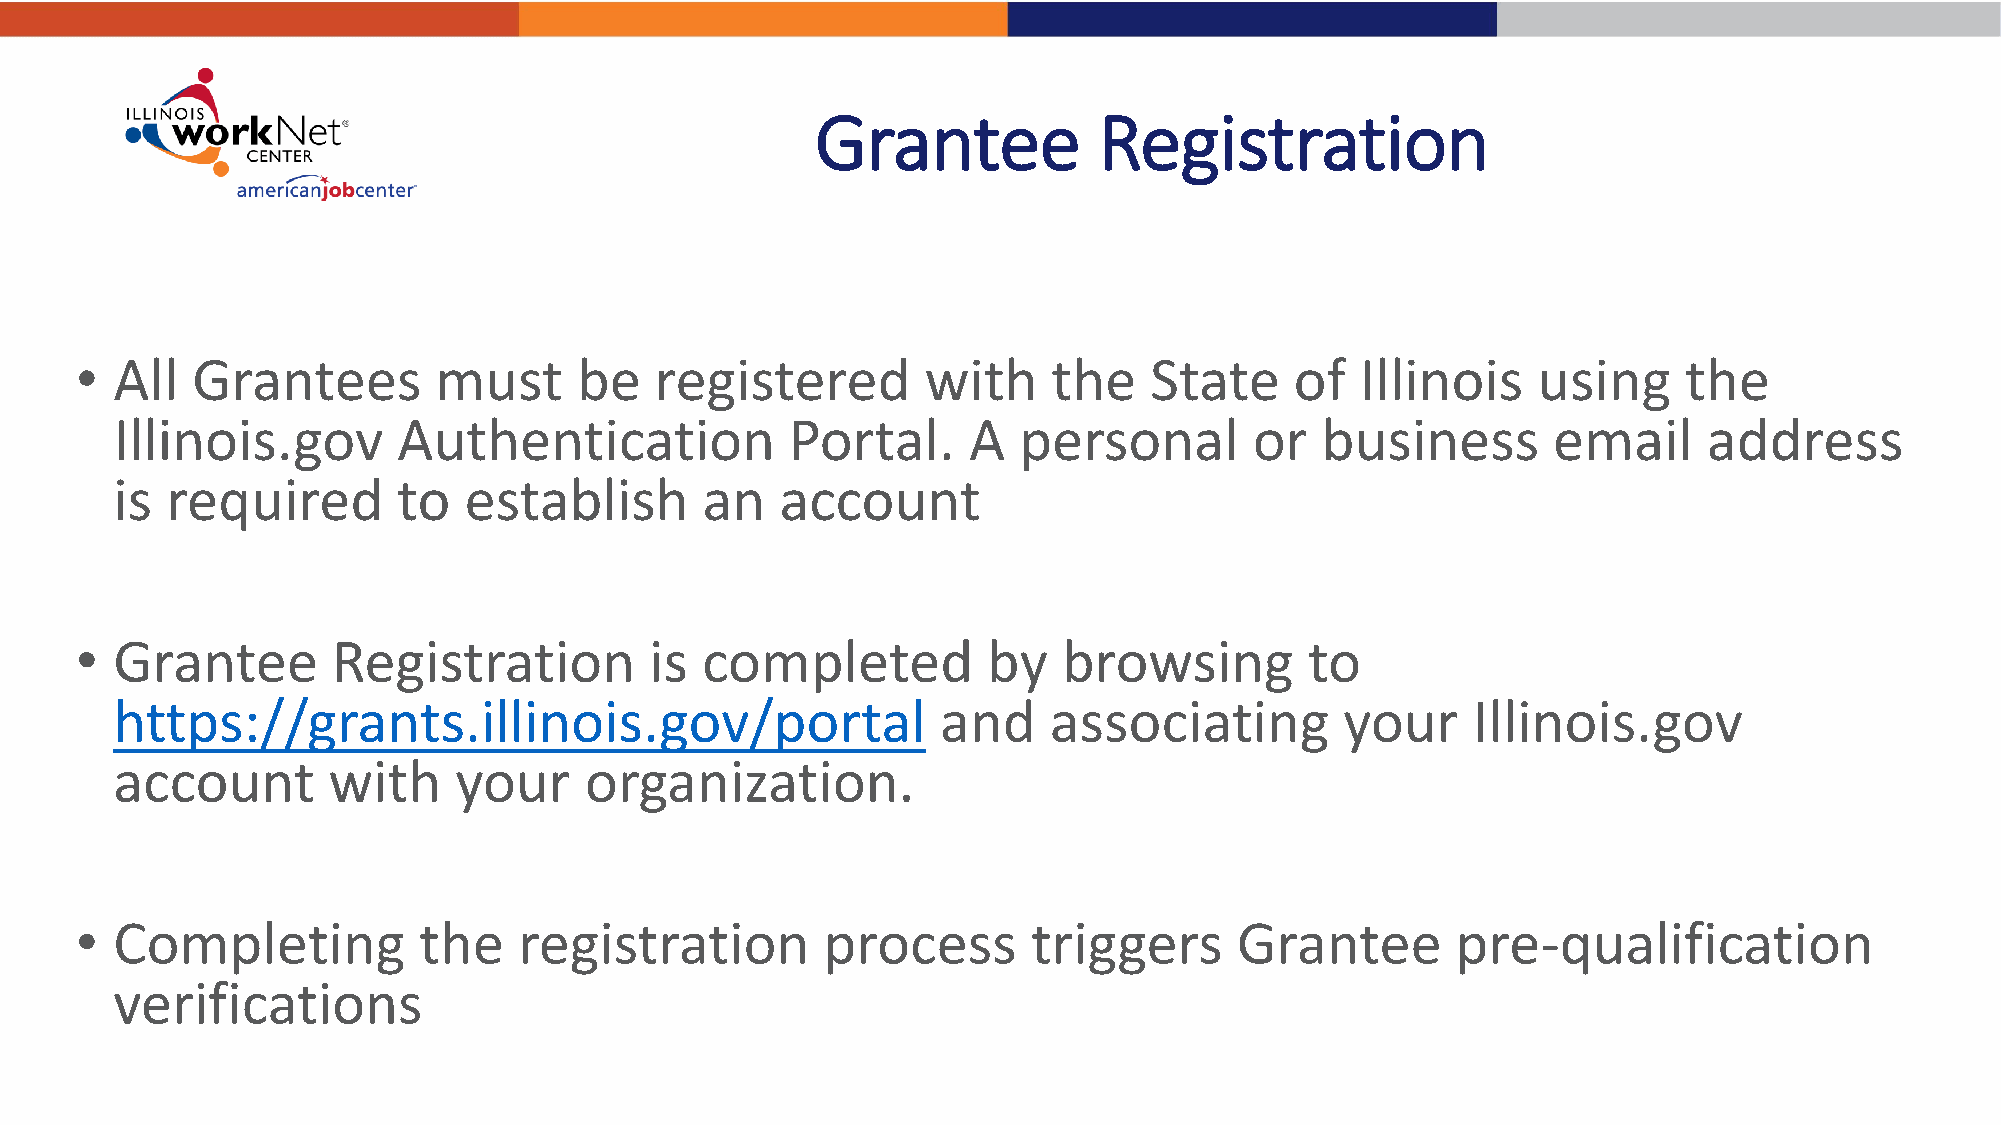
Grantee            Registration
 • All   Grantees        must     be   registered        with     the   State     of  Illinois    using     the
 Illinois.gov       Authentication            Portal.     A  personal        or  business        email     address
 is  required       to   establish      an    account
 • Grantee        Registration         is completed          by   browsing         to
 https://grants.illinois.gov/portal                     and    associating         your    Illinois.gov
 account        with    your     organization.
 • Completing           the   registration        process       triggers      Grantee       pre-qualification
 verifications